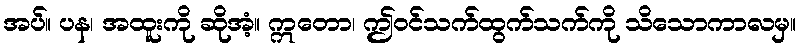
အပ်။ ပန၊ အထူးကို ဆိုအံ့။ ဣတော၊ ဤဝင်သက်ထွက်သက်ကို သိသောကာလမှ။